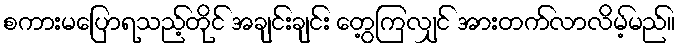
စကားမပြောရသည့်တိုင် အချင်းချင်း တွေ့ကြလျှင် အားတက်လာလိမ့်မည်။